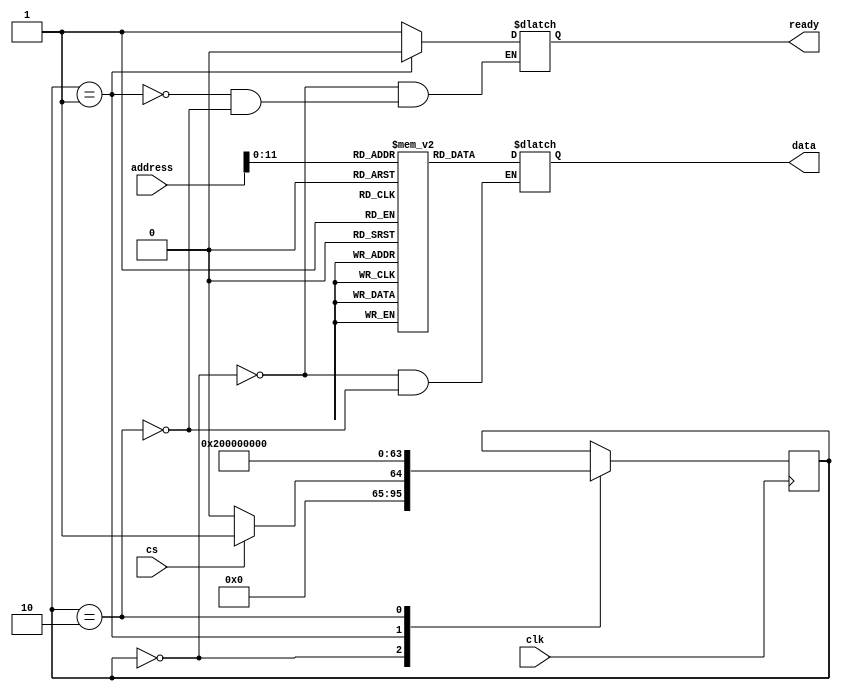
`timescale 1ns / 1ps
//////////////////////////////////////////////////////////////////////////////////
// Company: 
// Engineer: 
// 
// Design Name: 
// Module Name: rom
// Project Name: 
// Target Devices: 
// Tool Versions: 
// Description: 
// 
// Dependencies: 
// 
// Revision:
// Revision 0.01 - File Created
// Additional Comments:
// 
//////////////////////////////////////////////////////////////////////////////////


module rom(
  input cs,clk,
  input [15:0] address,
  output reg ready,
  output reg [15:0] data);
reg [15:0] ROM[0:(2**12-1)];
integer state=0;
initial
begin
ROM[0]={10'd0,6'b101000};
ROM[1]=16'd500;
ROM[2]={10'd0,6'b101001};
ROM[3]=16'd50;
ROM[4]={10'd0,6'b111100};
ROM[5]={8'b00000001,8'dx};
end
always@ (posedge clk)
begin
case(state)
0:begin
if(cs)
state=1;
else
state=0;
end
1:state=2;
2:state=0;
endcase
end
always@(state)
begin
case(state)
0:begin
ready=1;
data=16'bZ;
end
1:ready=0;
2:begin
data=ROM[address[11:0]];
ready=1;
end
endcase
end
endmodule